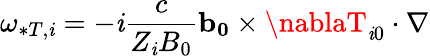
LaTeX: \omega_{*T,\mathit{i}}=-\mathit{i}\frac{{c}}{{Z_{\mathit{i}}B_{0}}}\mathbf{{b_{0}}}\times\nablaT_{\mathit{i}0}\cdot\nabla